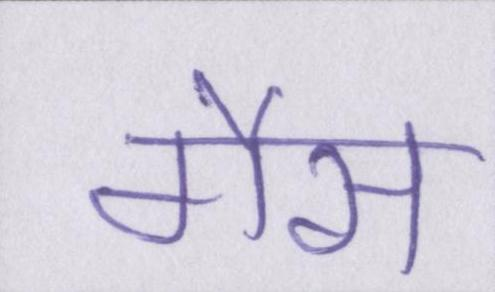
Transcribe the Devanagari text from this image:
गैस